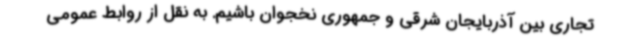
تجاری بین آذربایجان شرقی و جمهوری نخجوان باشیم. به نقل از روابط عمومی